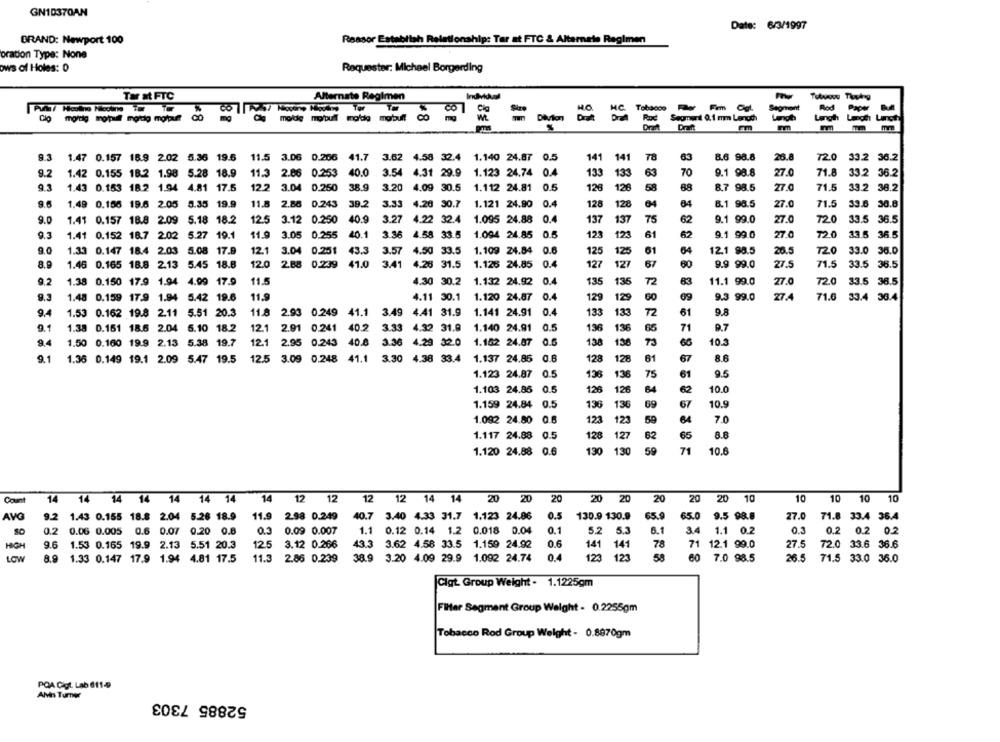
GN10370AN
Date: 6/3/1997
BRAND: Newport 100
Ressor Establish Relationship: Tar at FTC & Altarnele Regimen
bration Type: None
ows of Holes: 0
Requester: Michael Borgerding
Tar at FTC
Alternate Regimen
Cia
Segment
mordig motpull mottig motpart
00
molde mobull mode mabull
HC
Tobacco De Fim Og.
Lengh
Paper
Draft
141
63
8.6 98.8
26.8
9.3 1.47 0.157 16.9 2.02 5.36 19.5
11.5 3.06 0.206
41.7 3.62 4.58 32.4 1.140 24.87 0.5
141
72.0 33.2 36.2
9.2
1.42 0.155 18.2 1.98 5.28 18.9
11.3 2.86
0.253
40.0
3.54
4.31 29.9
1.123 24.74 0.4
133
133
63
70
9.1 98.8
27.0
71.8
33.2 36.2
9.3
1.43 0.153 18.2 1.94 4.81 17.5
12.2
3.04 0.250
38.9
3.20
4.09 30.5
1.112 24.81
0.5
126
126
58
88
8.7 98.5
27.0
71.5
33.2 38.2
9.5
1.49 0.156 19.6 2.05 5.35 19.9
11.8
2.86 0.243
39.2
3.33
4.20 30.7
1.121 24.90
0.4
128
128
04
64
8.1 98.5
27.0
71.5
33.6 30.8
9.0
1.41 0.157 18.8 2.09 5.18 18.2
12.5 3.12 0.250
40.9
3.27
4.22 32.4 1.095 24.88 0.4
137
137
75
62
9.1 99.0
27.0
72.0
33.5 36.5
9.3
1.41 0.152 18.7 2.02 5.27 19.1
11.9
3.05 0.255
40.1
3.36 4.58 33.5 1.094 24.85
0.8
123
123
61
62
9.1 99.0
27.0
120
33.5 36.5
9.0
1.33 0.147 18.4 2.03 5.08 17.9
12.1 3.04 0.251 43.3
3.57
4.50 33.5 1.109 24.84 0.6
125
12
01
64
12.1 98.5
26.5
T2O
33.0
36.0
8.9
1.46 0.165 18.8 2.13 5.45 18.8
12.0
2.88 0.239 41.0 3.41
4.26 31.5
1.123 24.85
0.4
127
127
67
60
9.9 99.0
27.5
71.5
33.5 36.5
9.2
1.38 0.150 17.9 1.94 4.99 17.9
11.5
4.30 30.2
1.132 24.92 0.4
135
135
72
83
11.1 99.0
27.0
72.0
33.5
38.5
9.3
1.48 0.159 17.9 1.94 5.42 19.6
11.9
4.11 30.1
1.120 24.87
0.4
129
129
60
69
9.3 99.0
27.4
71.6
33.4 36.4
9.4
11.8 2.93 0.249 41.1 3.49
4.41 31.9
1.141 24.91
0.4
133
133
72
61
9.8
1.53 0.162 19.8 2.11 5.51 20.3
9.1
12.1 2.91 0.241 40.2 3.33 4.32 31.9
1.140 24.91
136
65
71
9.7
1.38 0.161 18.6 2.04 5.10 18.2
136
9.4
1.50 0.160 19.9 2.13 5.38 19.7
1.152 24.87 0.6
198
130
10.3
12.1 2.95 0.243 40.8
3.36 4.29 32.0
61
67
9.1
1.36 0.149 19.1 2.09 5.47 19.5
12.5
3.09 0.248 41.1
1.137 24.85 0.8
128
128
8.6
1.123 24.87 0.5
136
136
75
61
9.5
1.103 24.86 0.5
126
12
64
62
10.0
1.159 24.84 0.5
136
136
69
67
10.5
1.092 24.80 0.6
123
121
59
64
7.0
1.117 24.88 0.5
128
127
62
65
8.
1.120 24.88 0.6
130
130
59
71
10.6
10
Count
14 14 14 14 14 14 14
14 14
14 12 12
12 12 14 14
20 20
20
20 20
20
20 10
10 10 10
AVG
9.2 1.43 0.155 18.8 2.04 5.26 18.9 11.9 2.98 0.249
40.7 3.40 4.33 31.7 1.123 24.86
0.5
130.9 130.9
65.9
27.0
71.8 33.4 36.4
0.2 0.06 0.005 0.6 0.07 0.20 0.8
0.3
0.09 0.007
1.1 0.12 0.14 1.2 0.018 0.04
0.1
5.2 5.3
6.1
3.4 1.1 0.2
0.3
0.2 0.2 0.2
HIGH
9.6 1.53 0.165 19.9 2.13 5.51 20.3
5.51 20.3
12.5
125 3.12 0.266
43.3 3.62 4.58 33.5 1.159 24.92
0.6
141
141 141
141
78
71 12.1 99.0
27.5
72.0 33.6 36.6
LOW
8.9 1.33 0.147 17.9 1.94 4.81 17.5
11.3 2.86 0.239
38.9 3.20 4.09 29.9 1.092 24.74
123 123
60 7.0 98.5
26.5
71.5 33.0 36.0
Clat Group Weight . 1.1225gm
Filter Segment Group Weight - 0.2255gm
Tobacco Rod Group Weight - 0.8970gm
POA Cigt. Lab 611-4
Alvin Turner
52885 7303